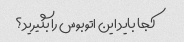
کجا باید این اتوبوس را بگیرید؟